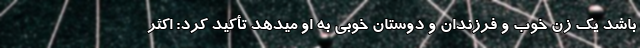
باشد یک زن خوب و فرزندان و دوستان خوبی به او میدهد تأکید کرد: اکثر